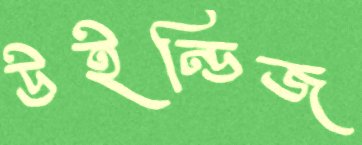
উইন্ডিজ